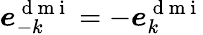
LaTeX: \boldsymbol{e}_{-k}^{\mathrm{~d~m~i~}}=-\boldsymbol{e}_{k}^{\mathrm{~d~m~i~}}